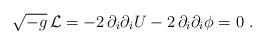
LaTeX: \begin{align*}\sqrt{-g}\,{\cal L} = -2 \, \partial_i \partial_i U - 2 \, \partial_i\partial_i \phi=0 \ .\end{align*}